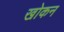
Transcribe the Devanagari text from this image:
खोकन